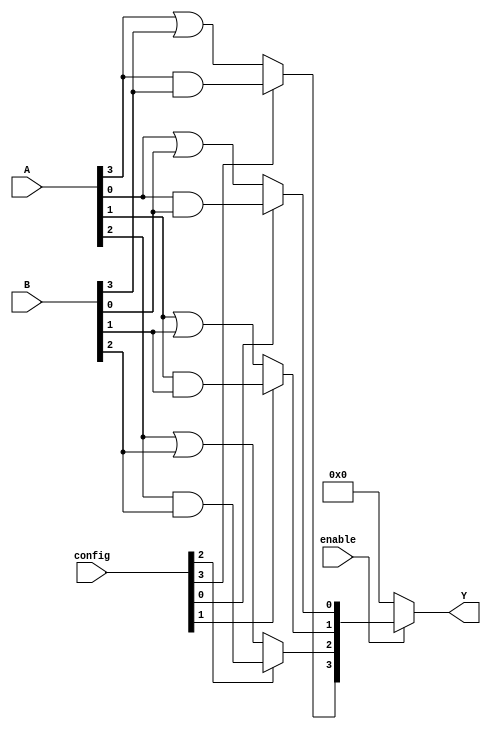
module combinational_logic_block (
    input wire [3:0] A,          // 4-bit input A
    input wire [3:0] B,          // 4-bit input B
    input wire [3:0] config,     // Configuration signals for LUTs
    input wire enable,            // Enable signal
    output reg [3:0] Y           // 4-bit output Y
);

// Configurable Logic Elements (LUTs)
wire [3:0] lut_out;

// LUT implementation (example: 4 LUTs)
generate
    genvar i;
    for (i = 0; i < 4; i = i + 1) begin : lut
        assign lut_out[i] = (config[i]) ? (A[i] & B[i]) : (A[i] | B[i]); // Example: AND/OR based on config
    end
endgenerate

// Interconnection Network
wire [3:0] interconnect;
assign interconnect = lut_out; // Direct connection for simplicity

// Output Control Logic
always @(*) begin
    if (enable) begin
        Y = interconnect; // Output is active when enabled
    end else begin
        Y = 4'b0000; // Output is zero when not enabled
    end
end

endmodule